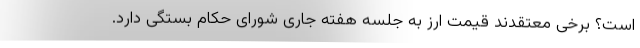
است؟ برخی معتقدند قیمت ارز به جلسه هفته جاری شورای حکام بستگی دارد.